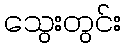
သွေးတွင်း